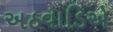
અઠવાડિએ